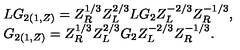
\begin{array} { l } { L G _ { 2 ( 1 , Z ) } = Z _ { R } ^ { 1 / 3 } Z _ { L } ^ { 2 / 3 } L G _ { 2 } Z _ { L } ^ { - 2 / 3 } Z _ { R } ^ { - 1 / 3 } , } \\ { G _ { 2 ( 1 , Z ) } = Z _ { R } ^ { 1 / 3 } Z _ { L } ^ { 2 / 3 } G _ { 2 } Z _ { L } ^ { - 2 / 3 } Z _ { R } ^ { - 1 / 3 } . } \\ \end{array}